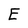
Character: E